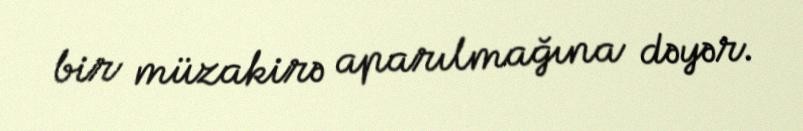
bir müzakirə aparılmağına dəyər.